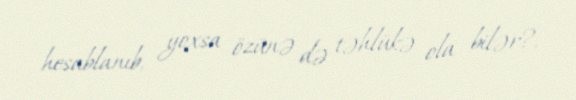
hesablanıb, yoxsa özünə də təhlükə ola bilər?.